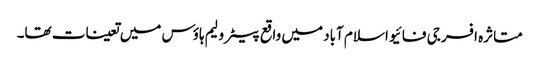
متاثرہ افسر جی فائیو اسلام آباد میں واقع پیٹرولیم ہاؤس میں تعینات تھا۔